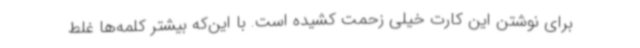
برای نوشتن این کارت خیلی زحمت کشیده است. با این‌که بیشتر کلمه‌ها غلط